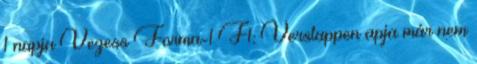
1 napja Vezess Forma-1 F1: Verstappen apja már nem